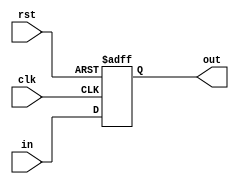
`timescale 1ns / 1ps
module idex(
input clk,
input rst, 
input [15:0] in,
output reg [15:0] out);
always@( posedge clk, negedge rst) 
begin
if( rst==1)
out<=in; 
else 
out=0;
end 
endmodule